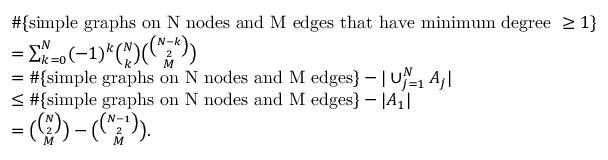
\begin{array} { r l } & { \# \{ \mathrm { s i m p l e ~ g r a p h s ~ o n ~ N ~ n o d e s ~ a n d ~ M ~ e d g e s ~ t h a t ~ h a v e ~ m i n i m u m ~ d e g r e e ~ } \geq 1 \} } \\ & { = \sum _ { k = 0 } ^ { N } ( - 1 ) ^ { k } \binom { N } { k } \binom { \binom { N - k } { 2 } } { M } } \\ & { = \# \{ \mathrm { s i m p l e ~ g r a p h s ~ o n ~ N ~ n o d e s ~ a n d ~ M ~ e d g e s } \} - | \cup _ { j = 1 } ^ { N } A _ { j } | } \\ & { \leq \# \{ \mathrm { s i m p l e ~ g r a p h s ~ o n ~ N ~ n o d e s ~ a n d ~ M ~ e d g e s } \} - | A _ { 1 } | } \\ & { = \binom { \binom { N } { 2 } } { M } - \binom { \binom { N - 1 } { 2 } } { M } . } \end{array}